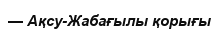
— Ақсу-Жабағылы қорығы